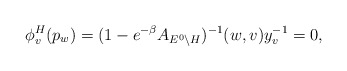
\begin{align*}\phi^H_v(p_w)=(1-e^{-\beta}A_{E^0\backslash H})^{-1}(w,v)y_v^{-1}=0, \end{align*}